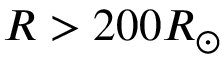
R > 2 0 0 R _ { \odot }